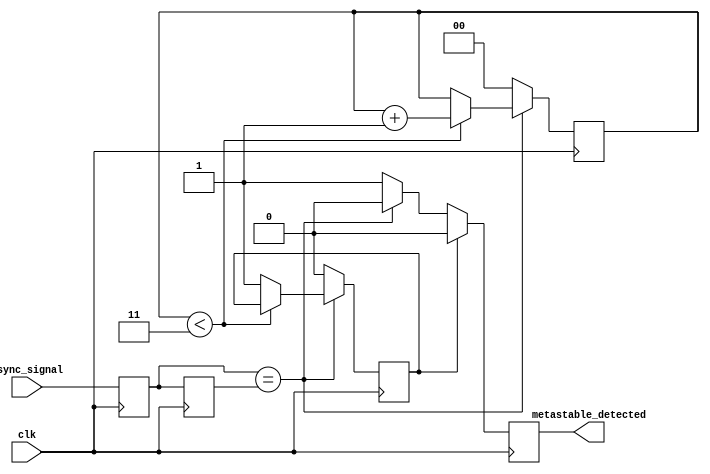
module metastability_detector #(
    parameter STABILITY_CYCLES = 4 // Number of cycles for stability check
)(
    input wire clk,               // Stable clock signal
    input wire async_signal,      // Input signal that may be metastable
    output reg metastable_detected // Output indicator for metastable condition
);

    reg latch1;                  // Output of the first latch
    reg latch2;                  // Output of the second latch
    reg [1:0] stable_count;      // Counter for stability check
    reg stable;                  // Flag indicating stability
    reg last_latch1, last_latch2; // To hold previous latch states for comparison

    // First latch captures the asynchronous signal
    always @(posedge clk) begin
        latch1 <= async_signal;   // Sample the async signal
    end

    // Second latch captures the output of the first latch
    always @(posedge clk) begin
        latch2 <= latch1;         // Sample the first latch output
    end

    // Stability monitoring logic
    always @(posedge clk) begin
        // Check if the two latches are the same
        if (latch1 == latch2) begin
            if (stable_count < STABILITY_CYCLES - 1) begin
                stable_count <= stable_count + 1; // Increment stability count
            end
            else begin
                stable <= 1; // Mark as stable
            end
            metastable_detected <= 0; // No metastability detected
        end
        else begin
            stable_count <= 0; // Reset count if latches differ
            metastable_detected <= 1; // Metastability detected
            stable <= 0; // Mark as unstable
        end
        
        // Reset stable flag if we are stable for the required cycles
        if (stable) begin
            metastable_detected <= 0; // Clear the detection signal
        end
    end

endmodule